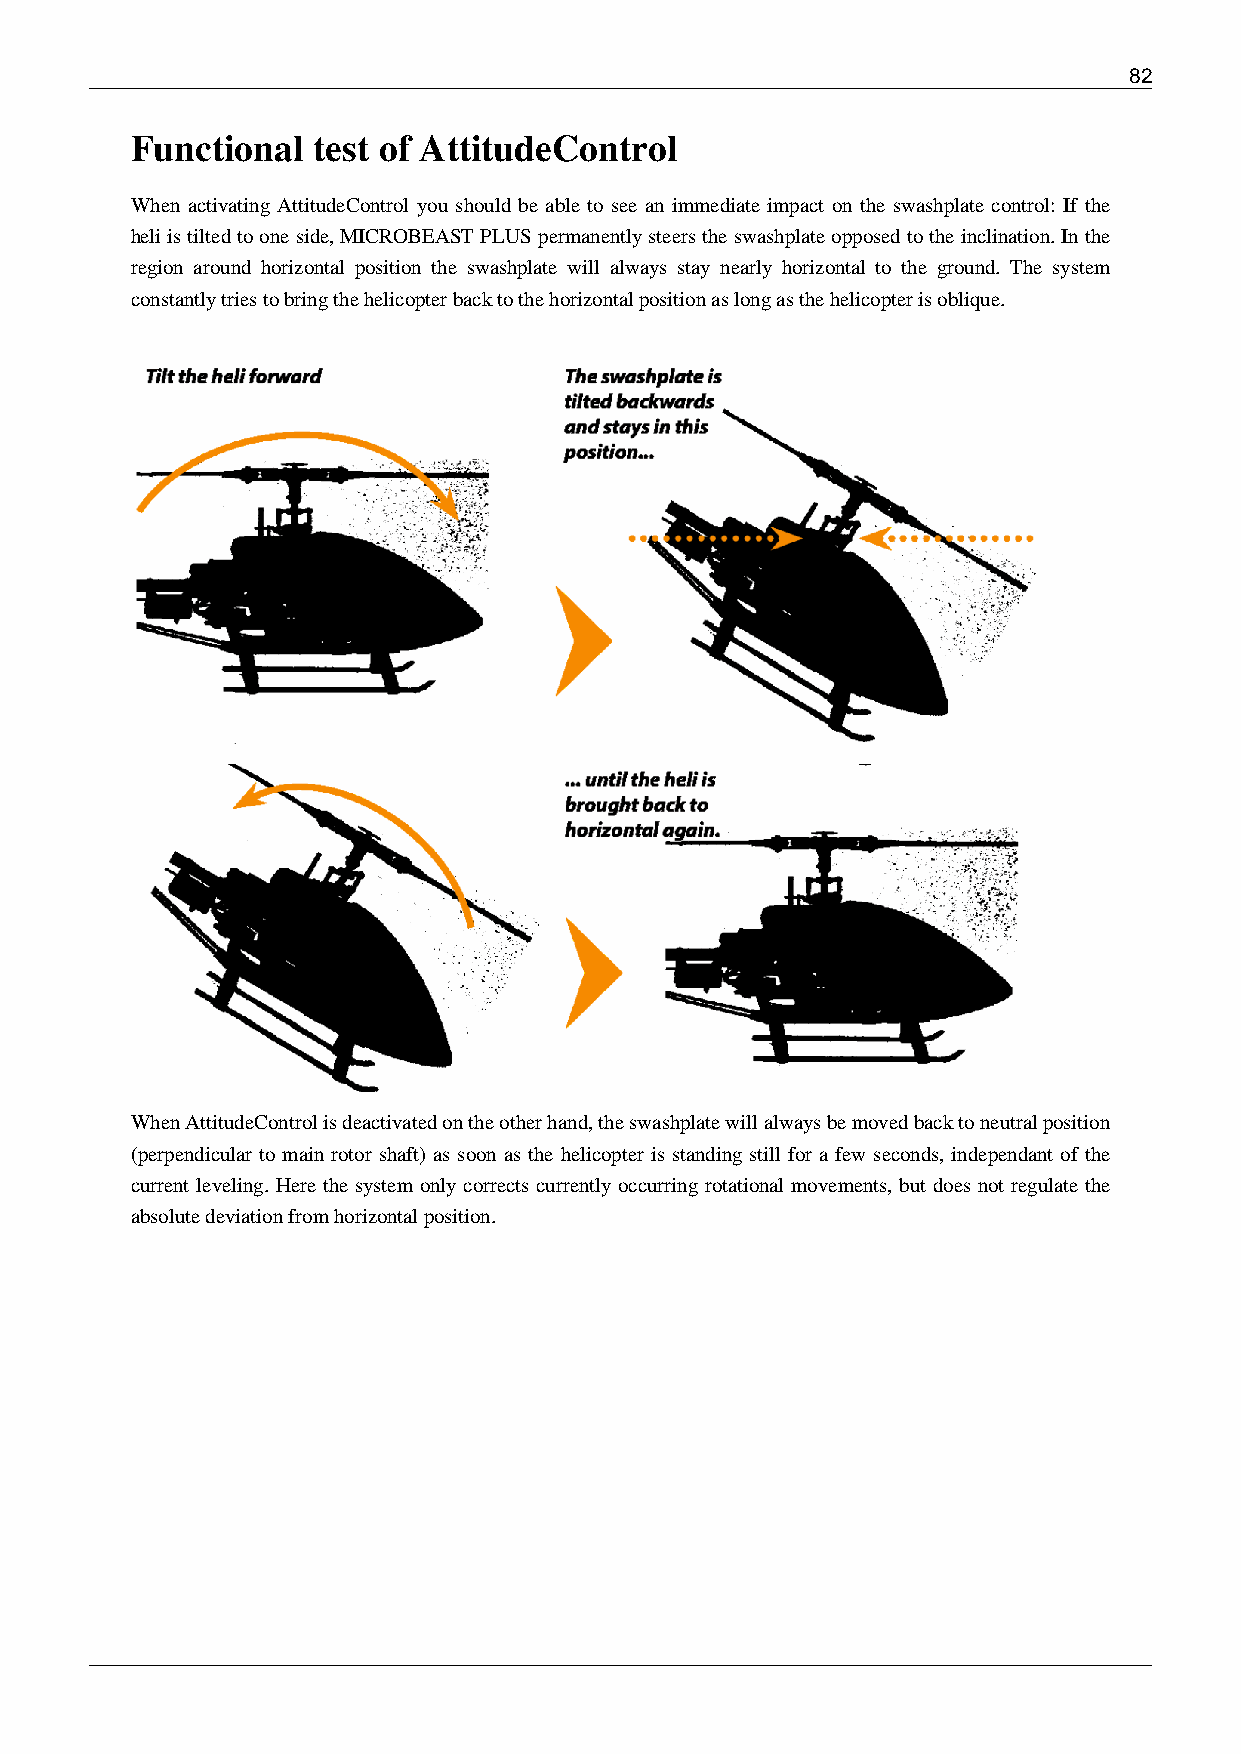
82
 Functional  test of AttitudeControl
 When activating AttitudeControl you should be able to see an immediate impact on the swashplate control: If the
 heli is tilted to one side, MICROBEAST PLUS permanently steers the swashplate opposed to the inclination. In the
 region around horizontal position the swashplate will always stay nearly horizontal to the ground. The system
 constantly tries to bring the helicopter back to the horizontal position as long as the helicopter is oblique.
 When AttitudeControl is deactivated on the other hand, the swashplate will always be moved back to neutral position
 (perpendicular to main rotor shaft) as soon as the helicopter is standing still for a few seconds, independant of the
 current leveling. Here the system only corrects currently occurring rotational movements, but does not regulate the
 absolute deviation from horizontal position.